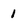
Character: 1